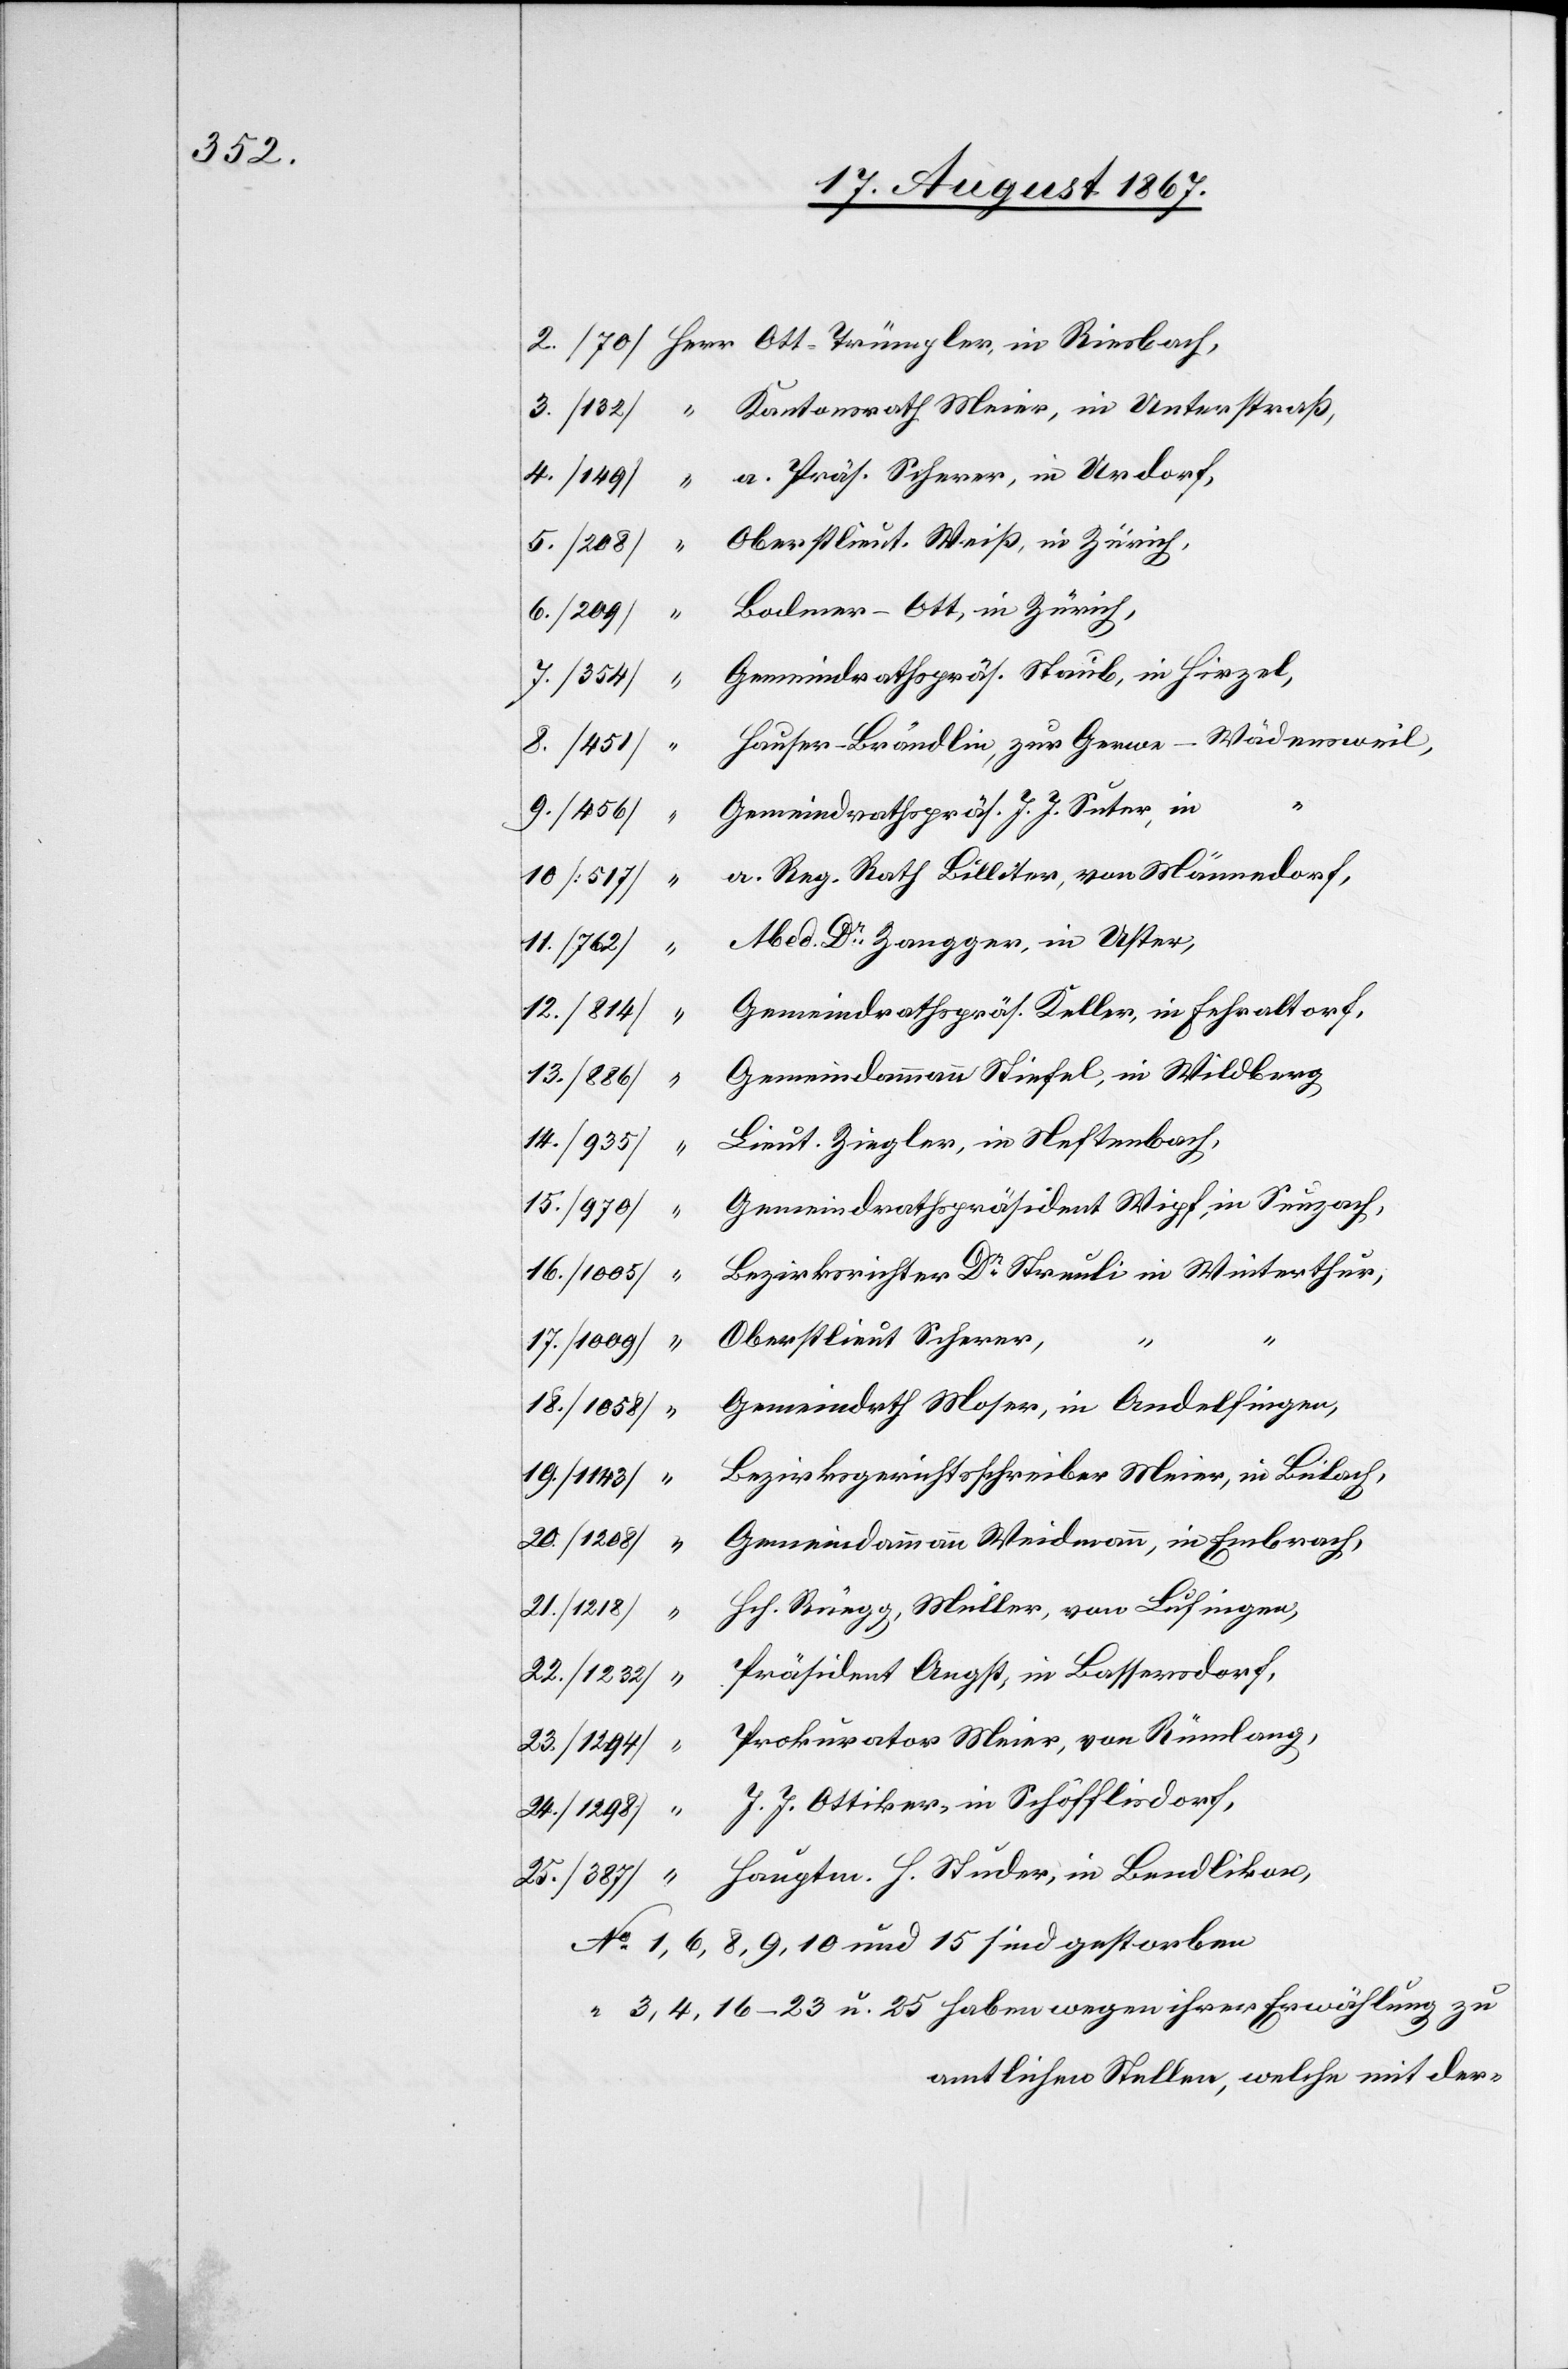
a. Präs. Scherer, in Urdorf,
Gemeindrathspräs. J. J. Suter in
a. Reg. Rath Billeter, von Männedorf,
Med. Dr. Zangger, in Uster,
Gemeindrathspräs. Keller, in Fehraltorf,
Gemeindammann Stiefel, in Wildberg,
25
Lieut. Ziegler, in Neftenbach,
Gemeindrathspräsident Wipf, in Seuzach,
[1005]
Bezirksrichter Dr. Streuli in Winterthur,
Oberstlieut. Scherer,
u.
4,
No. 1, 6, 8,
Gemeindrath Moser, in Andelfingen,
Bezirksgerichtsschreiber Meier, in Bülach,
Gemeindammann Weidmann, in Embrach,
21.
Hch. Rüegg, Müller, von Lufingen,
amtlichen Stellen, welche mit der-